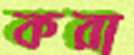
করা